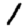
Digit: 1